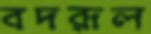
বদরূল